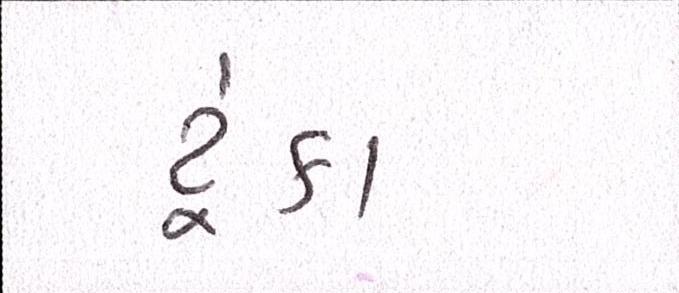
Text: ટૂંકા